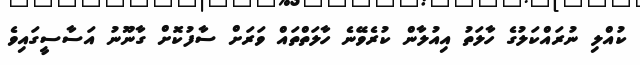
ކުއްލި ނުރައްކަލުގެ ހާލަތު އިއުލާން ކުރެވޭނެ ހާލަތްތައް ވަރަށް ސާފުކޮށް ގާނޫނު އަސާސީގައިވެ